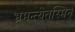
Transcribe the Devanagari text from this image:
भ्रमन्त्येतस्मिन्